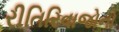
રીતિરિવાજોનો